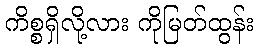
ကိစ္စရှိလို့လား ကိုမြတ်ထွန်း